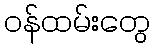
ဝန်ထမ်းတွေ